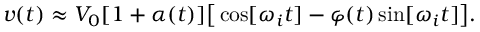
v ( t ) \approx V _ { 0 } [ 1 + \alpha ( t ) ] \big [ \cos [ \omega _ { i } t ] - \varphi ( t ) \sin [ \omega _ { i } t ] \big ] .